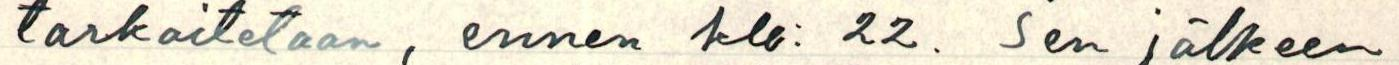
tarkoitetaan, ennen klo: 22. Sen jälkeen